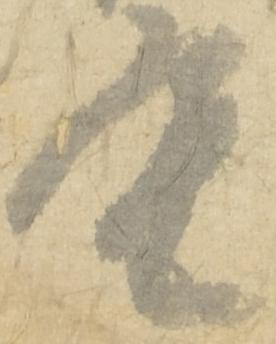
重